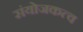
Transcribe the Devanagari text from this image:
संयोजकत्व